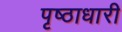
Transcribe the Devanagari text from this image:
पृष्ठाधारी